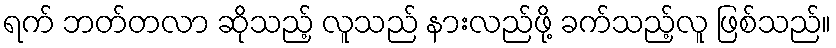
ရက် ဘတ်တလာ ဆိုသည့် လူသည် နားလည်ဖို့ ခက်သည့်လူ ဖြစ်သည်။